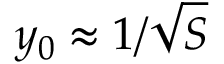
y _ { 0 } \approx 1 / { \sqrt { S } }